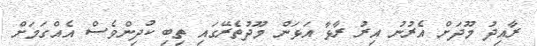
ރާއިދު މޫދަށް އެރުނު އިރު ރާޅާ އަޅަން މޫދުތެރޭގައި ތިބި ކުދިންވެސް އެއްގަމަށް